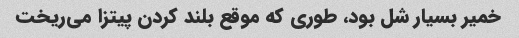
خمیر بسیار شل بود، طوری که موقع بلند کردن پیتزا می‌ریخت